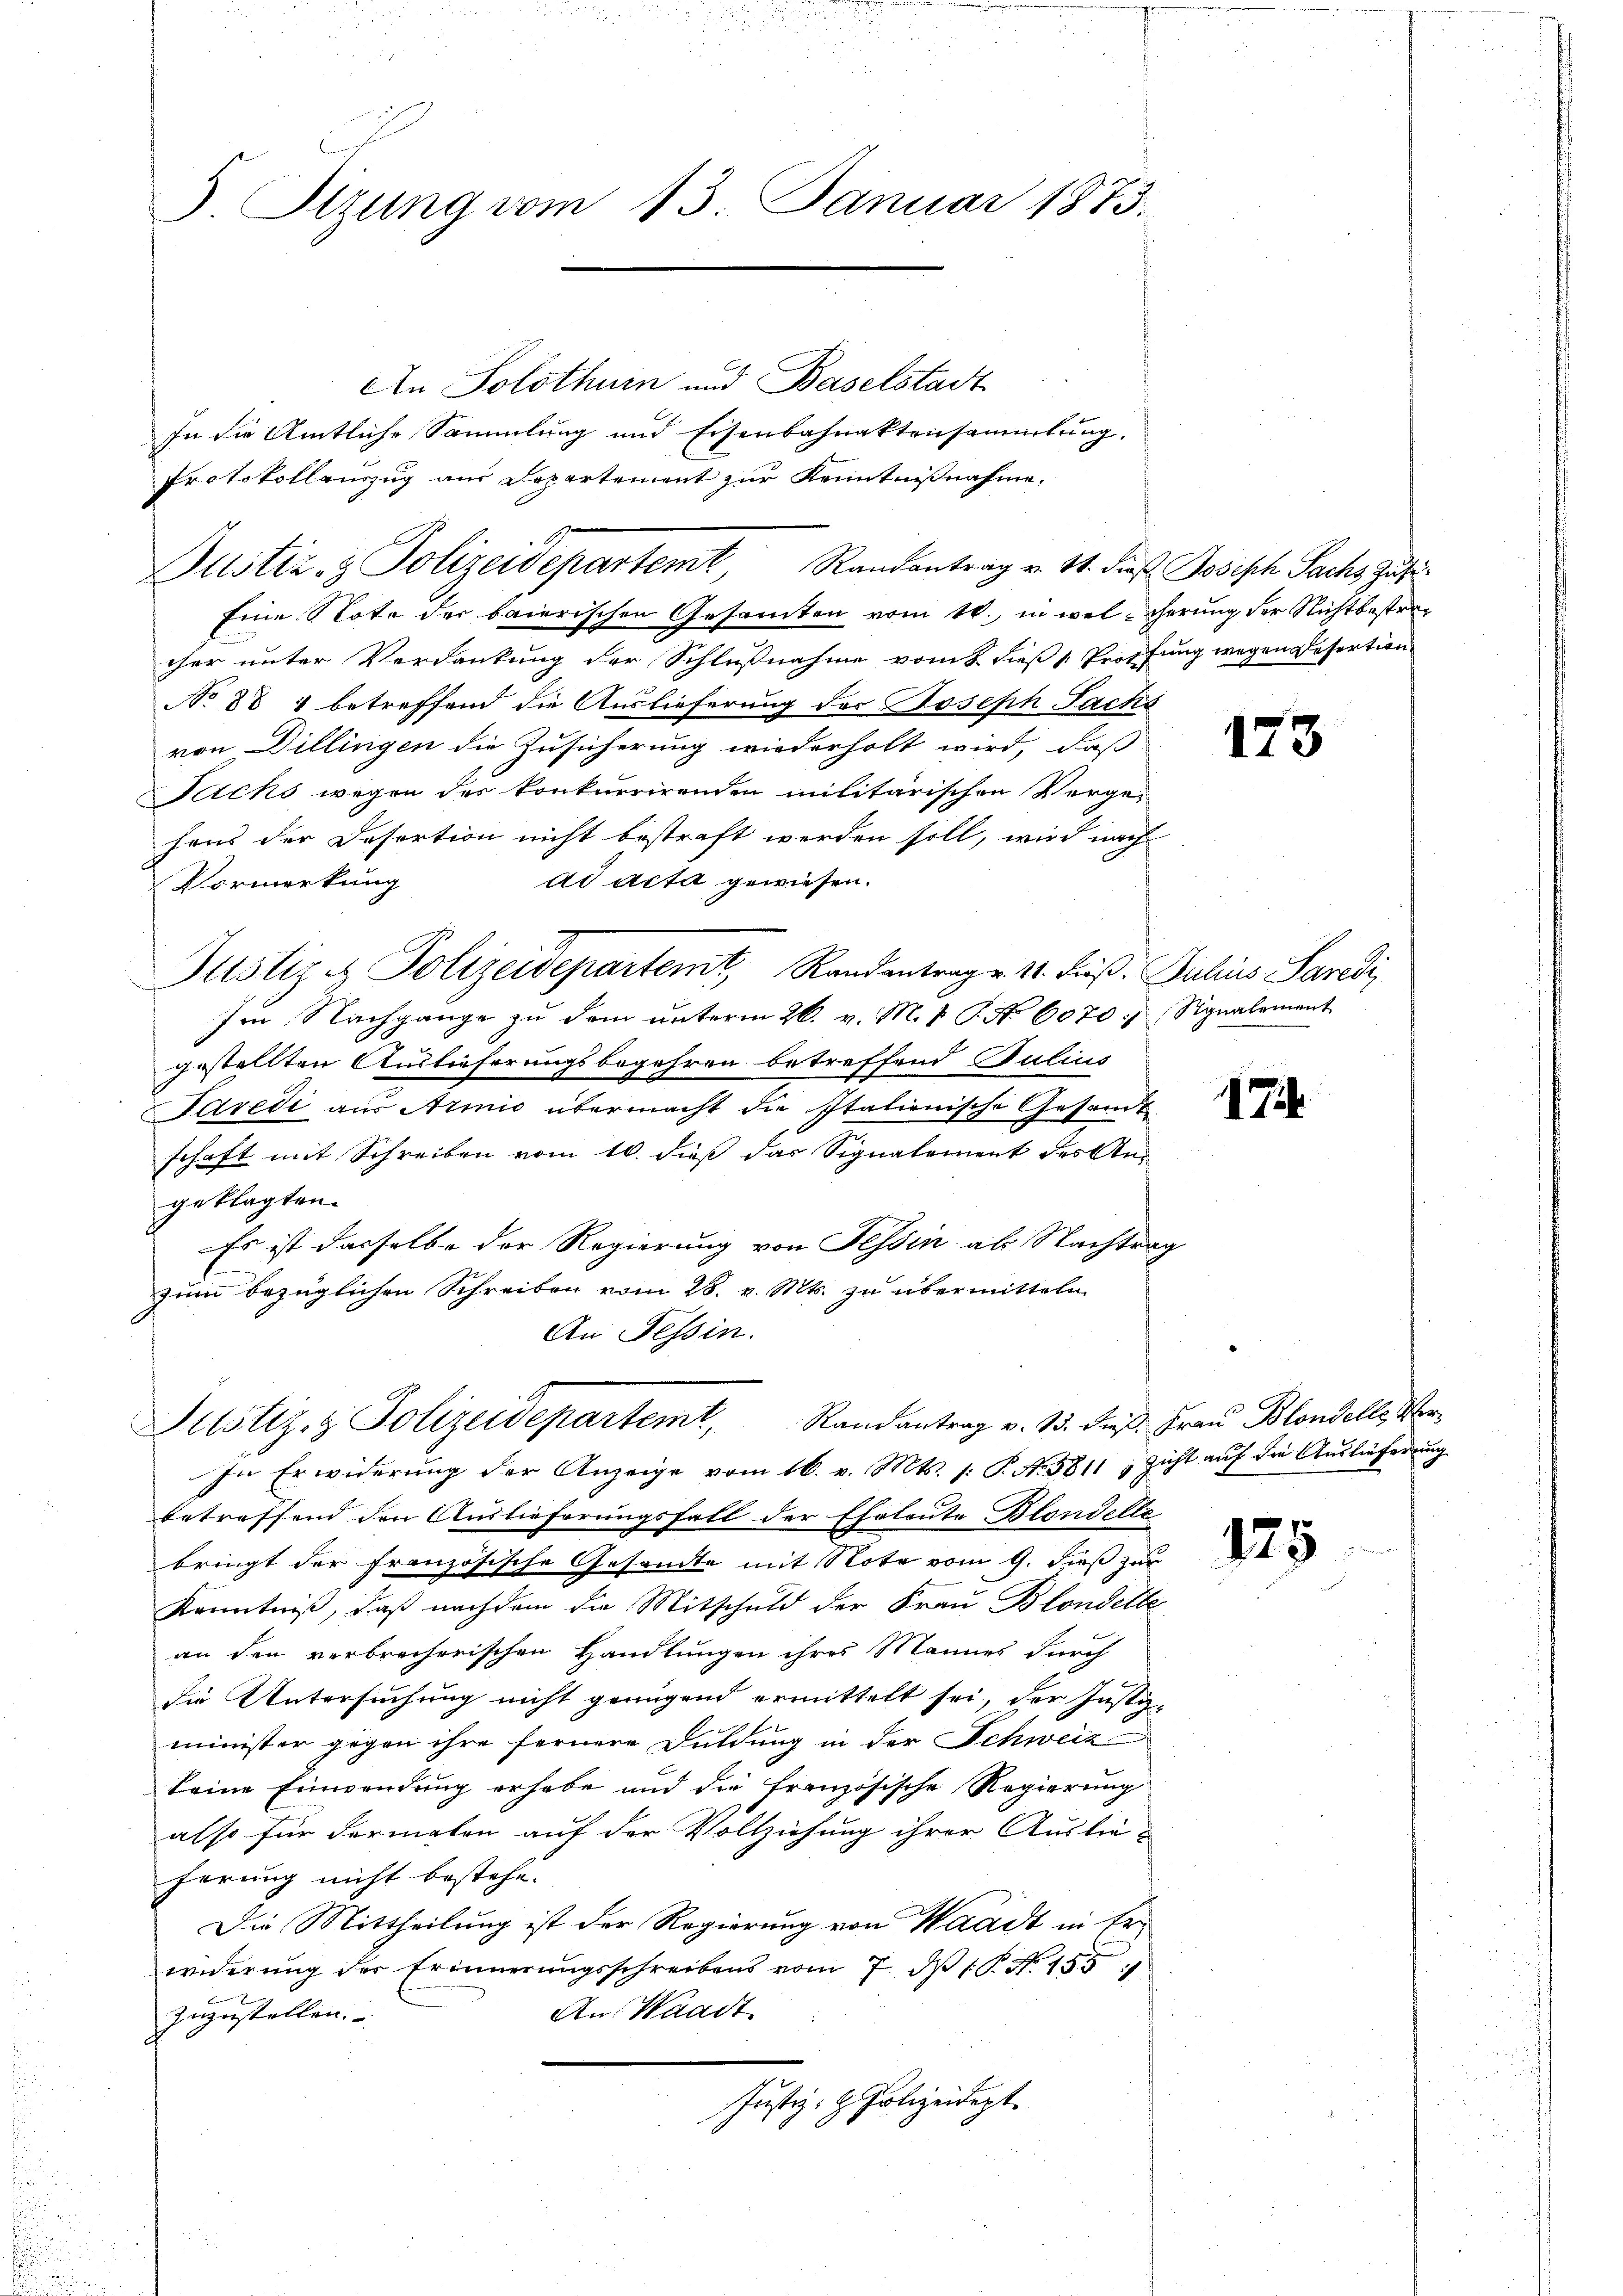
.

Sizung vom 13. Januar 1873.

An Solothurn und Baselstadt
In die Amtliche Sammlung und Eisenbahnaktensammlung,
Protokollauszug aus Departement zur Kenntnißnahme.
Eine Note der baierischen Gesamten vom 1., in welcherung der Nichtbestracher unter Verdankung der Schlußnahme vom 8. dieß [: Proffung wegen Resertion
No 881 betreffend die Auslieferung der Joseph Sachs
von Dillingen die Zusicherung wiederholt wird, daß
Wechs wegen des konkurrirenden militärischen Verge-
hens der Desertion nicht bestraft werden soll, wird nach
ad acta gewiesen.
Vormerkung
Justiz & Polizeidepartemt, Randantrag v. 11. dieß. Julius Saredi
Im Nachgange zu dem unterm 26. v. M. 1 P. No 6070. Signalement
gestellten Auslieferungsbegehren betreffend Sulius
Taredi aus Armio übermacht die Italionische Gesandt
schaft mit Schreiben vom 10. dieß das Signalement des Angeklagten.
Es ist dasselbe der Regierung von Tessin als Nachtrag
zum bezüglichen Schreiben vom 28. v. Mts. zu übermitteln
An Tessin.
Justiz & Polizeidepartemt, Randantrag v. 13. dieβ. Frau Blondell, Ver¬
In Erwiderung der Anzeige vom 16. v. Mts. /: P. N. 5811 ; zicht auf die Auslieferung
betreffend den Auslieferungsfall der Eheleute Blondelle
bringt der französische Gesandte mit Note vom 9. dieß zur
Kenntniß, daß nachdem die Mitschuld der Frau Blondelte
an den verbrecherischen Handlungen ihres Mannes durch
die Untersuchung nicht genügend ermittelt sei, der Justiz-
minister gegen ihre fernere Duldung in der Schweiz
keine Einwendung erhabe und die französische Regierung
also für dermalen auf der Vollziehung ihrer Auslieferung nicht bestehe.
Die Mittheilung ist der Regierung von Waadt in Er-
widerŭng der Erinnerungsschreibens vom 7. dβ P. Nr. 153
An Waadt
zuzustellen. |
Justiz- & Polizeidept.

Justiz- & Polizeidepartemt, Randantrag v. St. dies Joseph Sachs Zusi¬

173

174

125